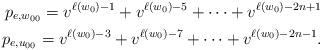
LaTeX: \begin{align*} p_{e,w_{00}}=v^{\ell(w_0)-1}+v^{\ell(w_0)-5}+\cdots +v^{\ell(w_0)-2n+1}\\ p_{e,u_{00}}=v^{\ell(w_0)-3}+v^{\ell(w_0)-7}+\cdots +v^{\ell(w_0)-2n-1}. \end{align*}